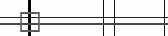
٤